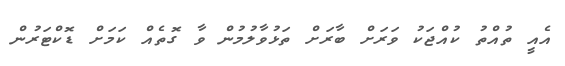
އެއީ ތުއްތު ކުއްޖަކު ވަރަށް ބާރަށް ތަޅުވާލުމުން ވާ ގޮތެއް ކަމަށް ޑޮކްޓަރުން